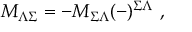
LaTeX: M _ { \Lambda \Sigma } = - M _ { \Sigma \Lambda } ( - ) ^ { \Sigma \Lambda } \ ,